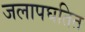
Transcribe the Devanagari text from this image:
जलापघतित